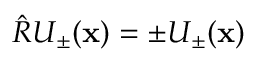
\hat { R } U _ { \pm } ( \mathbf { x } ) = \pm U _ { \pm } ( \mathbf { x } )